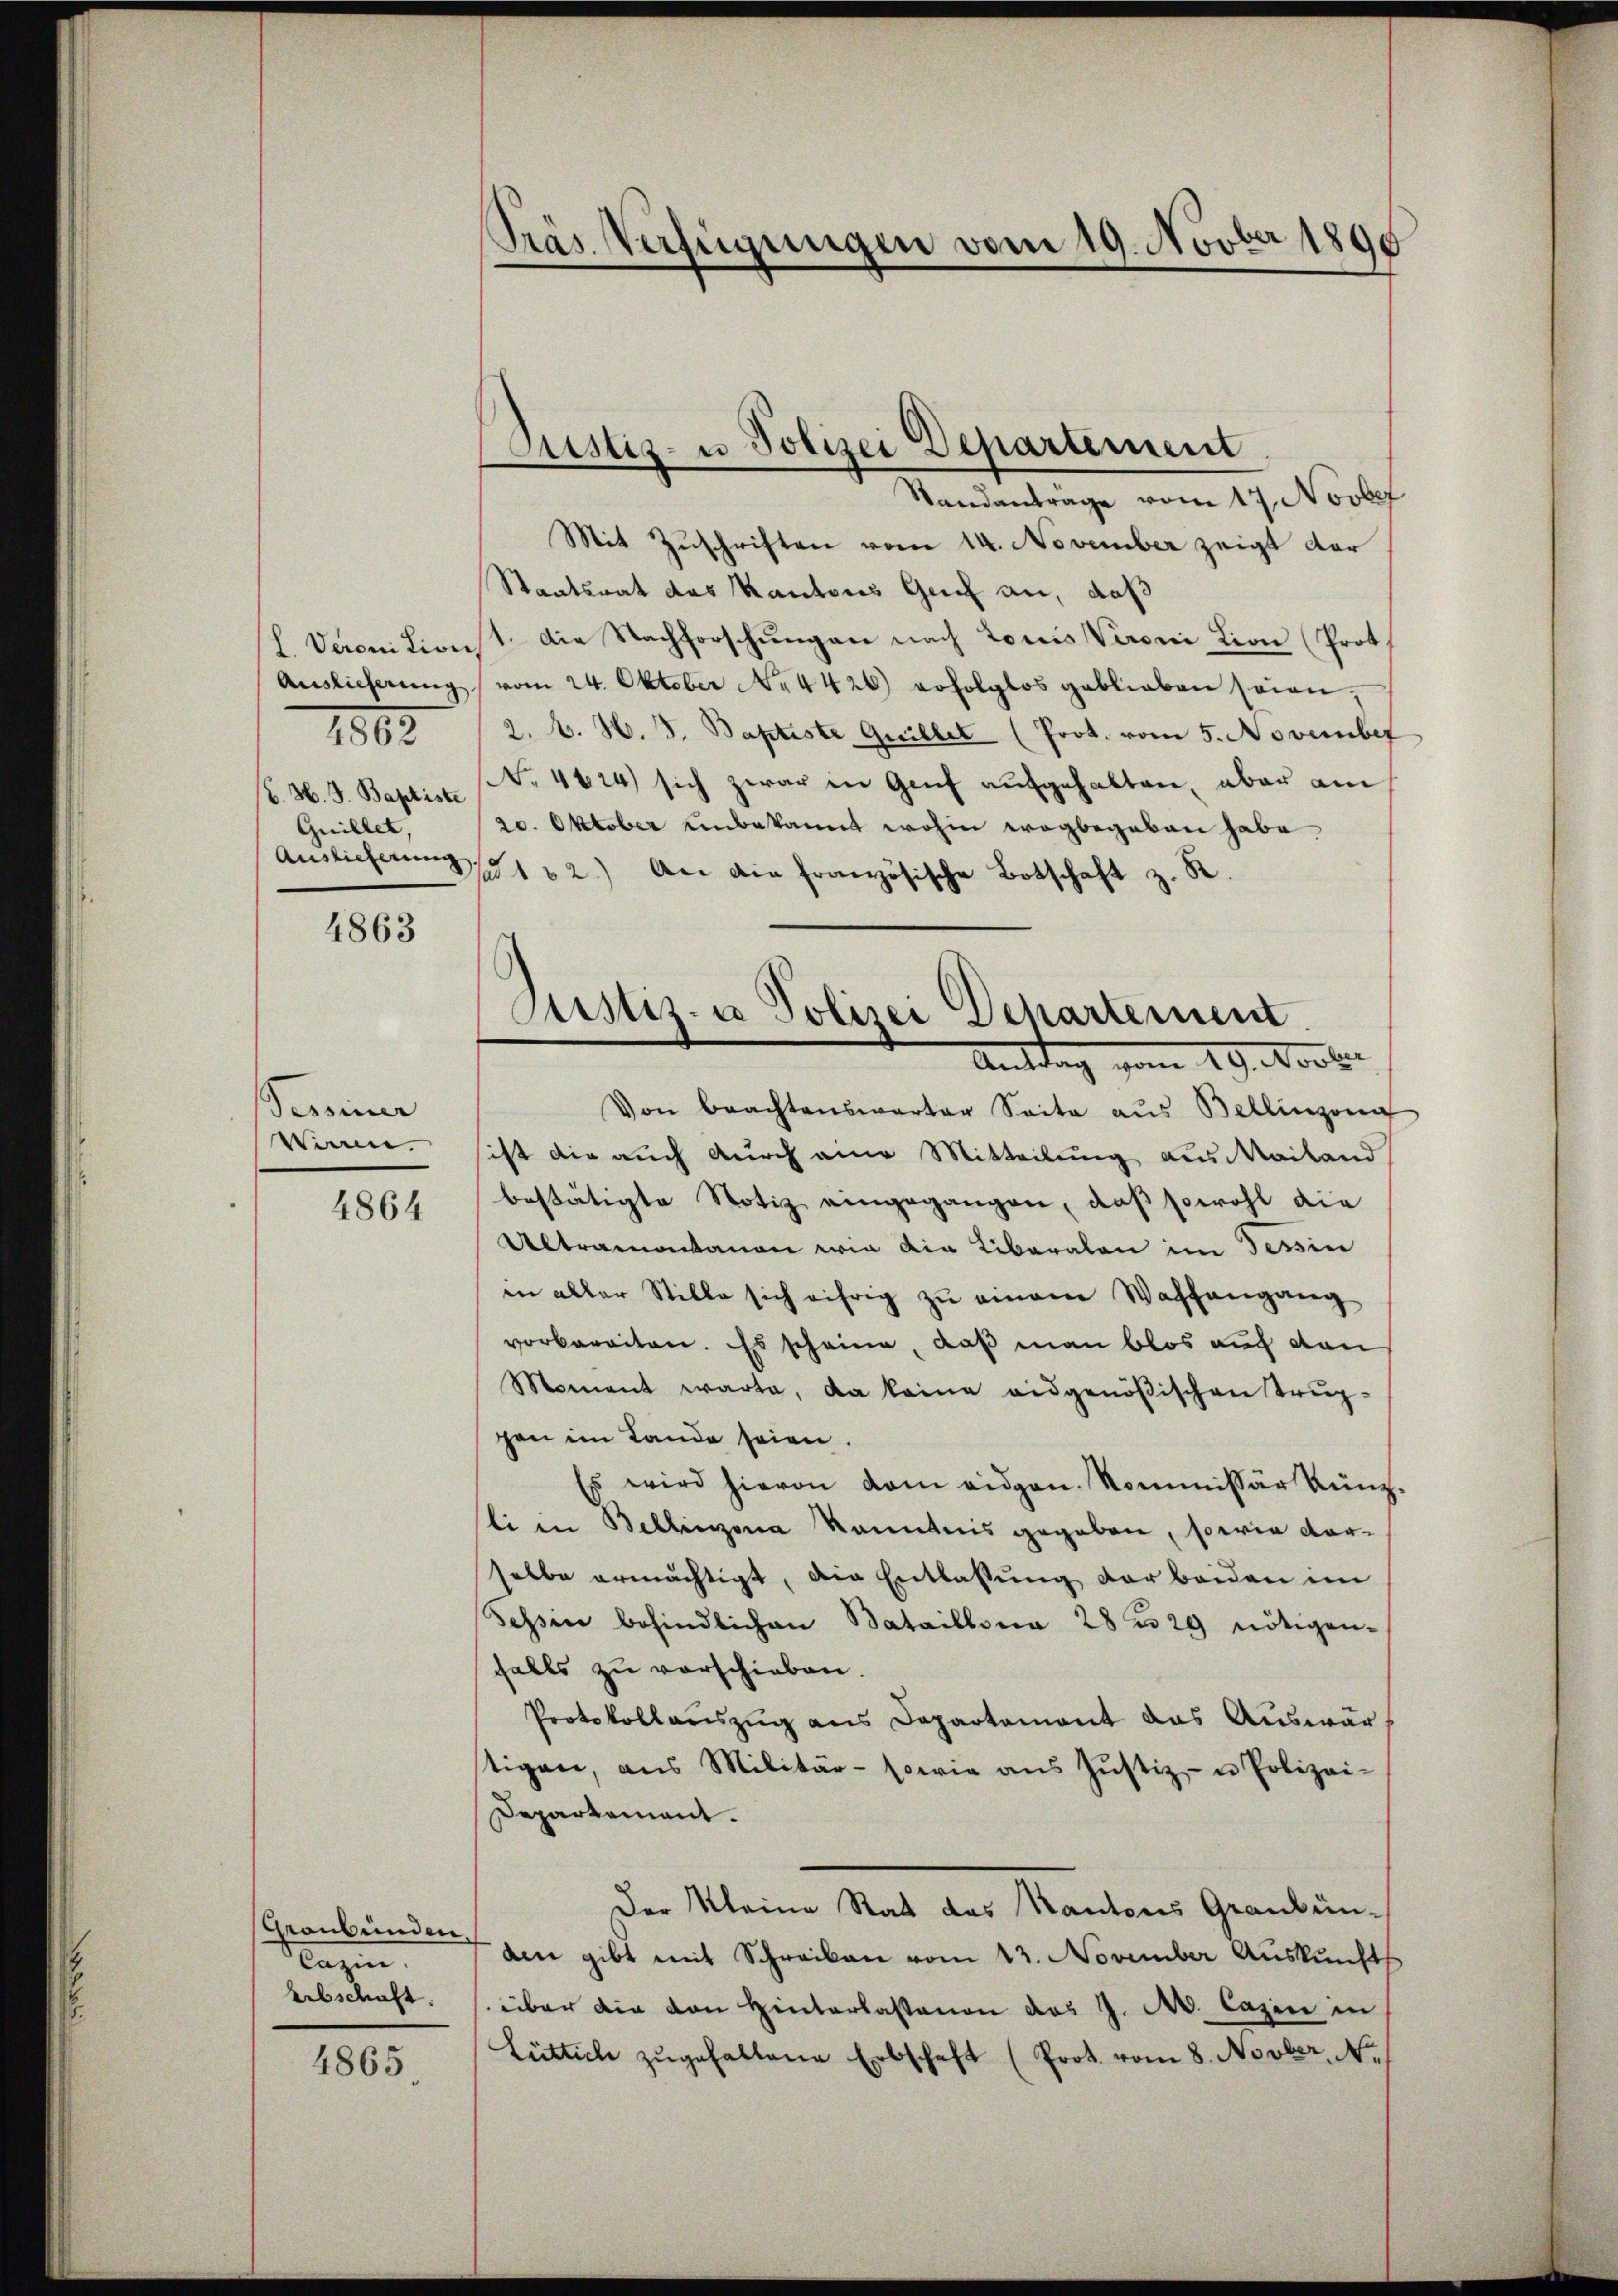
l. Veroni Livis
Auslieferung
(C. H. J. Baptiste
Guiller
Auslieferung

1802.

4863

Pessiner
Wirrne.

4864

Graubünden.
Cazin.
Abschaft.

4865.

Präs. Verfügungen vom 19. Novber 1890

Justiz- u Polizei Departement.

Standantrage vom 17. Novbef
Mit Zuschriften vom 14. November zeigt dar
Staatsrat des Kantons Genf an, daß
11. Die Nachforschungen nach Louis Veroni Lion (Prot
vom 24. Oktober No. 4426) erfolglos geblieben seien,
2. A. H. J. Baptiste Griller (Prot. vom 5. November
No. 4424) sich zwar in Genf aufgehalten, aber am
20. Oktober unbekannt wohin wegbegeben habe.
1 u 2.) An die französische Botschaft z. R.
Antrag vom 19. Novbr
Von brachtenswarter Seite aŭs Bellinzoni
ist die auch durch eine Mitteilung aus Mailand
bestätigte Notiz eingegangen, daß sowohl die
Altramontanen wie die Liberalen im Tessin
in aller Stille sich eifrig zu einem Waffengang
vorbereiten. Es scheine, daß man blos auf den
Moment warte, da keine eidgenößischen Trup-
gen im Lande seien.
Es wird hievon dem eidgen. Kommissär Künz-
li in Bellinzona kanntnis gegeben, sowie darselbe ermächtigt, die Entlassŭng der beiden im
Tessin befindlichen Bataillona 28 n 29 nötigen-
falls zu verschieben
Protokollauszug aus Departement das Auswärtigen, aus Militär- sowie aŭs Jŭstiz- u Polizei-
Departement.
Der Kleine Rat des Kantons Graubünden gibt mit Schreiben vom 13. November Auskunfts
über die von Hinterlassenen das J. A. Cazin in
Lichtich zŭgehaltene Erbschaft (Prot. vom 8. Novber N.

Justiz- u Polizei Departement